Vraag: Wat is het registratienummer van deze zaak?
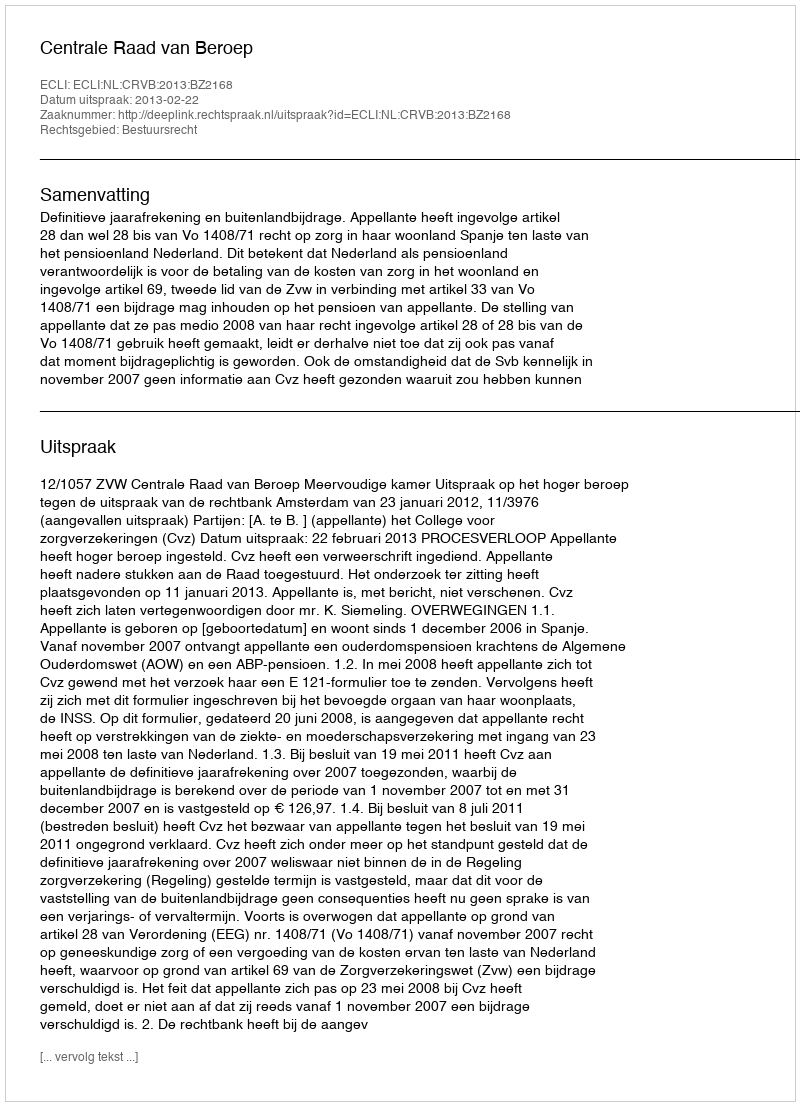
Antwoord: http://deeplink.rechtspraak.nl/uitspraak?id=ECLI:NL:CRVB:2013:BZ2168